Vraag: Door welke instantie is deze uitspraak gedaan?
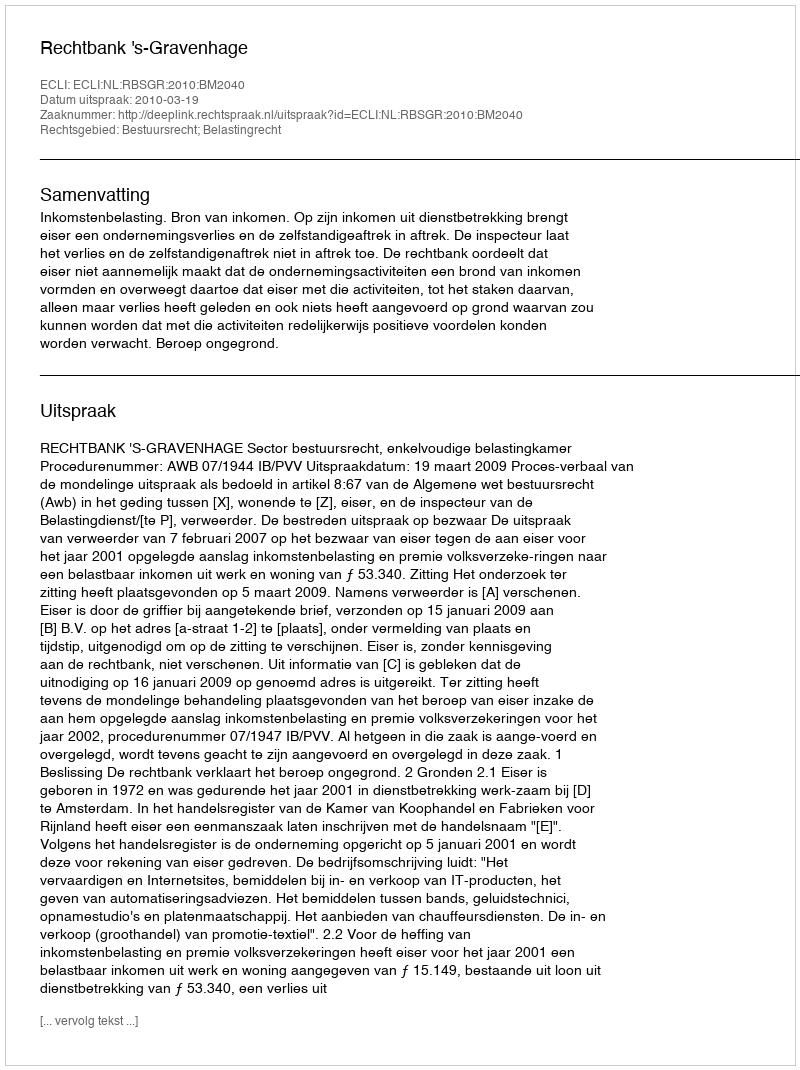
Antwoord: Rechtbank 's-Gravenhage